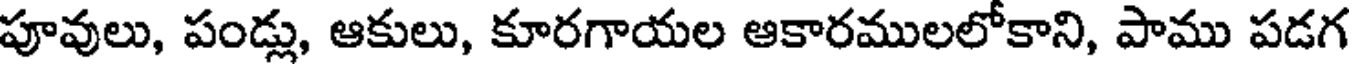
పూవులు, పండ్లు, ఆకులు, కూరగాయల ఆకారములలోకాని, పాము పడగ